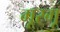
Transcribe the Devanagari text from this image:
मूरगू